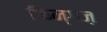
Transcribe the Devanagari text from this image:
फिन्गज़